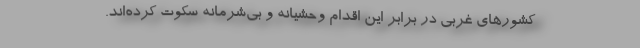
کشورهای غربی در برابر این اقدام وحشیانه و بی‌شرمانه سکوت کرده‌اند.